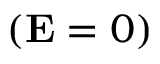
( \mathbf { E } = 0 )